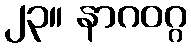
၂၃။ နာဂဝဂ္ဂ